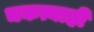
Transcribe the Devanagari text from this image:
चकत्याही